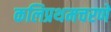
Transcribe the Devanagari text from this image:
कलिप्रथमचरणे